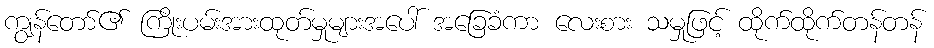
ကျွန်တော်၏ ကြိုးပမ်းအားထုတ်မှုများအပေါ် အခြေခံကာ လေးစား သမှုဖြင့် ထိုက်ထိုက်တန်တန်